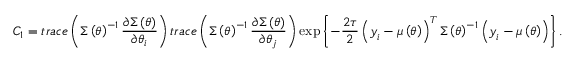
C _ { 1 } = t r a c e \left( \boldsymbol { \Sigma } \left( \boldsymbol { \theta } \right) ^ { - 1 } \frac { \partial \boldsymbol { \Sigma } \left( \boldsymbol { \theta } \right) } { \partial \theta _ { i } } \right) t r a c e \left( \boldsymbol { \Sigma } \left( \boldsymbol { \theta } \right) ^ { - 1 } \frac { \partial \boldsymbol { \Sigma } \left( \boldsymbol { \theta } \right) } { \partial \theta _ { j } } \right) \exp \left\{ - \frac { 2 \tau } { 2 } \left( \boldsymbol { y } _ { i } - \boldsymbol { \mu } \left( \boldsymbol { \theta } \right) \right) ^ { T } \boldsymbol { \Sigma } \left( \boldsymbol { \theta } \right) ^ { - 1 } \left( \boldsymbol { y } _ { i } - \boldsymbol { \mu } \left( \boldsymbol { \theta } \right) \right) \right\} .